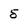
Character: 5